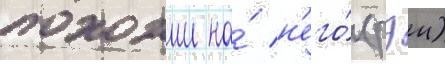
похожии на́ н'его́ (рэи)